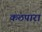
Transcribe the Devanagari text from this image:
कठपारा